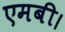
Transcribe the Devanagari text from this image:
एमबी।